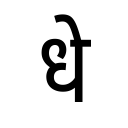
OCR:
धे